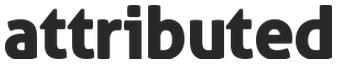
attributed